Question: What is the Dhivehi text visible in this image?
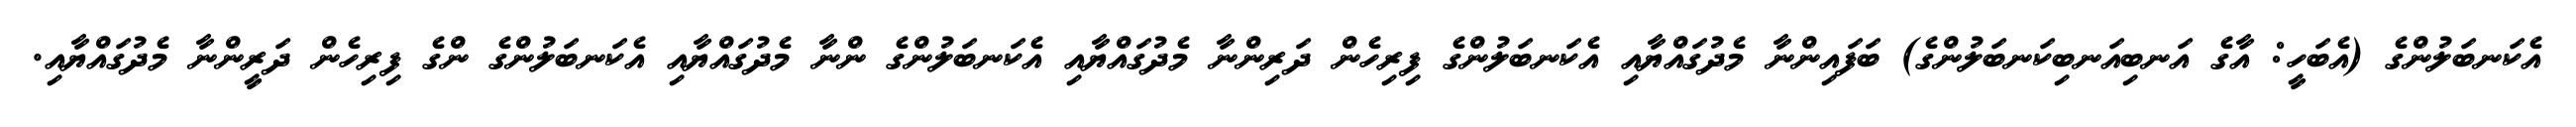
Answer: އެކަނބަލުންގެ (އެބަހީ: އާގެ އަނބިއަނބިކަނބަލުންގެ) ބަފައިންނާ މެދުގައްޔާއި އެކަނބަލުންގެ ފިރިހެން ދަރިންނާ މެދުގައްޔާއި އެކަނބަލުންގެ ންނާ މެދުގައްޔާއި އެކަނބަލުންގެ ންގެ ފިރިހެން ދަރީންނާ މެދުގައްޔާއި.